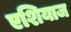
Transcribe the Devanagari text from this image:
एशियाज